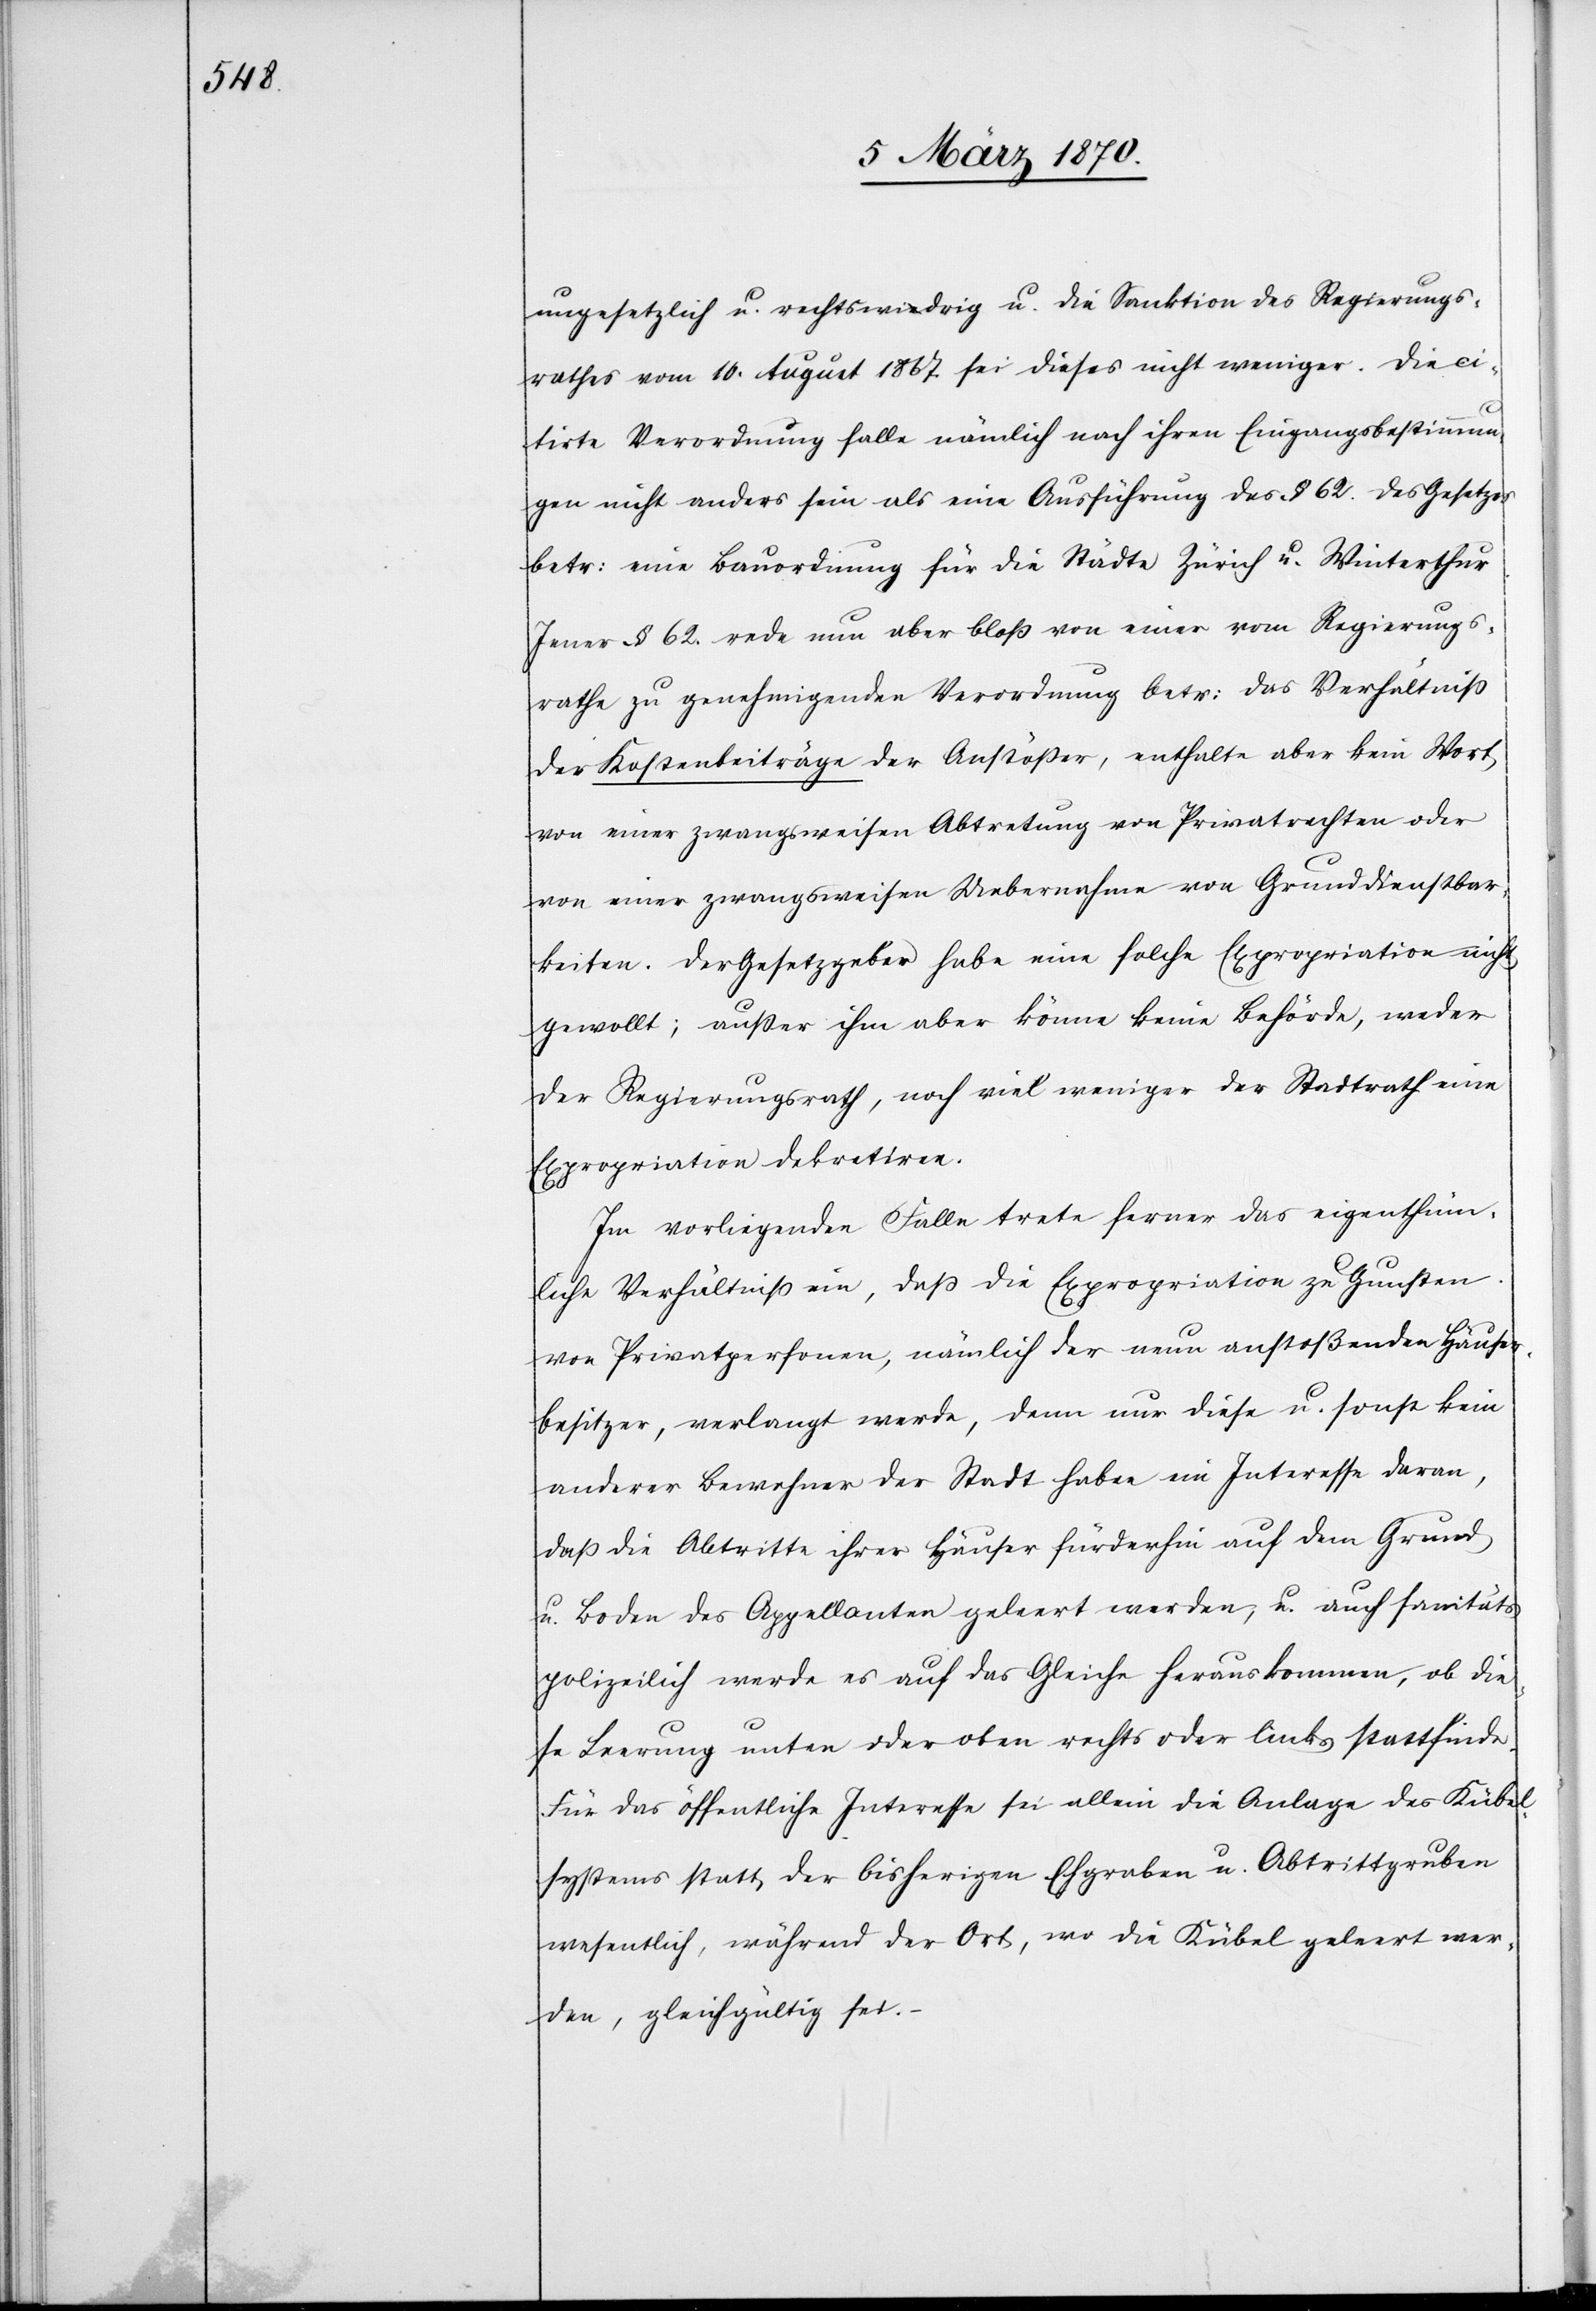
ungesetzlich u. rechtswidrig u. die Sanktion des Regierungs¬
rathes vom 10. August 1867 sei dieses nicht weniger. Die ci¬
tirte Verordnung falle nämlich nach ihren Eingangsbestimmun¬
gen nicht anders sein [sic!] als eine Ausführung des § 62. des Gesetzes
betr: eine Bauordnung für die Städte Zürich u. Winterthur.
Jener § 62. rede nun aber bloß von einer vom Regierungs¬
rathe zu genehmigenden Verordnung betr: das Verhältniß
der Kostenbeiträge der Anstößer, enthalte aber kein Wort
von einer zwangsweisen Abtretung von Privatrechten oder
von einer zwangsweisen Uebernahme von Grunddienstbar¬
keiten. Der Gesetzgeber habe eine solche Expropriation nicht
gewollt; außer ihm aber könne keine Behörde, weder
der Regierungsrath, noch viel weniger der Stadtrath eine
Expropriation dekretiren.
Im vorliegenden Falle trete ferner das eigenthüm¬
liche Verhältniß ein, daß die Expropriation zu Gunsten
von Privatpersonen, nämlich der neun anstoßenden Häuser¬
besitzer, verlangt werde, denn nur diese u. sonst kein
anderer Bewohner der Stadt habe ein Intereße daran,
daß die Abtritte ihrer Häuser fürderhin auf dem Grund
u. Boden des Appellanten geleert werden, u. auch sanitäts¬
polizeilich werde es auf das Gleiche herauskommen, ob die¬
se Leerung unten oder oben rechts oder links stattfinde.
Für das öffentliche Interesse sei allein die Anlage des Kübel¬
systems statt der bisherigen Ehgraben u. Abtrittgruben
wesentlich, während der Ort, wo die Kübel geleert wer¬
den, gleichgültig sei.